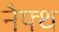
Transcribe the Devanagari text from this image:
नैफ्थ